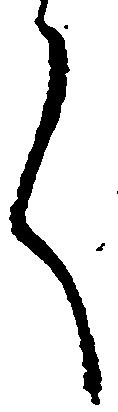
言